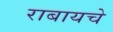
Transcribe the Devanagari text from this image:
राबायचे